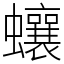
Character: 蠰